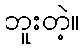
ဘူးတဲ့။